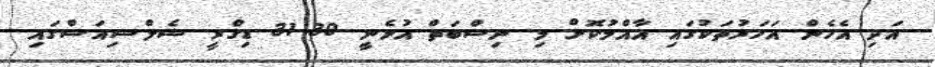
އަދި އެހެން އަހަރުތަކުގައި އާއްމުކޮށް މި ނިސްބަތް އުޅެނީ 30-31 ޑިގްރީ ސެލްސިއަސްގައި